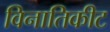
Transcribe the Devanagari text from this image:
विनातिकीट